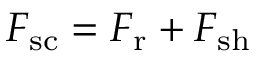
F _ { \mathrm { { s c } } } = F _ { \mathrm { { r } } } + F _ { \mathrm { { s h } } }